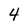
Character: 4